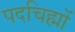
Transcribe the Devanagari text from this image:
पदचिह्मों